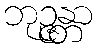
ဘုဉ္ဇန္တာ